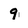
Character: 9